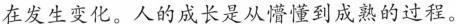
在发生变化。人的成长是从懵懂到成熟的过程。